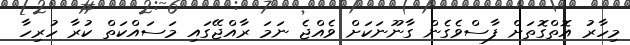
މިހާރު އޮތްގޮތަށް ފާސްވެގެން ގާނޫނަކަށް ވެއްޖެ ނަމަ ރާއްޖޭގައި މަސައްކަތް ކުރާ ހުރިހާ